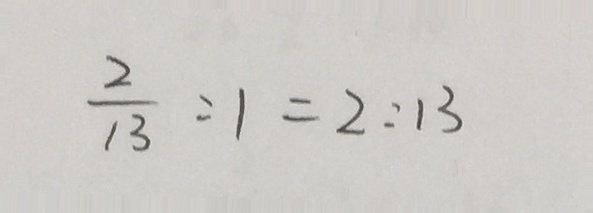
\frac { 2 } { 1 3 } : 1 = 2 : 1 3